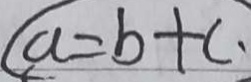
\textcircled { a = b + c . }